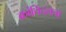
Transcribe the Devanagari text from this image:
क्रांतिदलचा